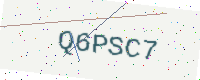
Text: Q6PSC7